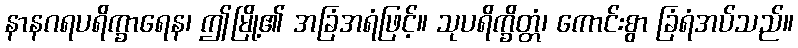
နာနဂရပရိက္ခာရေန၊ ဤမြို့၏ အခြံအရံဖြင့်။ သုပရိက္ခိတ္တံ၊ ကောင်းစွာ ခြံရံအပ်သည်။